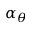
\alpha _ { \theta }